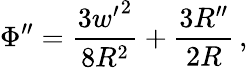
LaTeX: \Phi^{\prime\prime}=\frac{3{w^{\prime}}^{2}}{8R^{2}}+\frac{3R^{\prime\prime}}{2R}\, ,